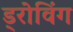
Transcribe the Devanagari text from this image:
ड्रोविंग